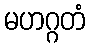
မဟဂ္ဂတံ